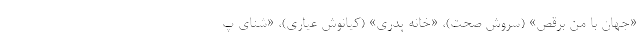
«جهان با من برقص» (سروش صحت)، «خانه پدری» (کیانوش عیاری)، «شنای پ